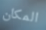
المكان